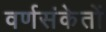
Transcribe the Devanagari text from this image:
वर्णसंकेतों